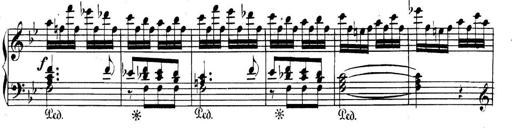
Title: Collected Piano Sonatas
Composer: Muzio Clementi